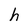
Character: h